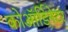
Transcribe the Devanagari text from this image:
कोऑर्डिनेटर